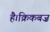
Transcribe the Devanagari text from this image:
है।क्रिकबज़